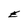
Character: E